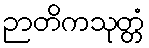
ဉာတိကသုတ္တံ